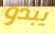
يبدو